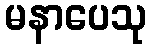
မနာပေသု